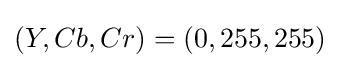
(Y,Cb,Cr)=(0,255,255)